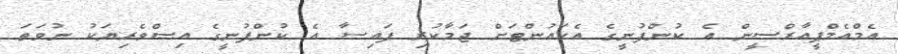
އެމްއެމްޕީއާރްސީން އެ ކުންފުނީގެ އެކައުންޓަށް ޖަމާކުރި ފައިސާ އެ ކުންފުނީގެ އިސްވެރިޔަކު ނުވަތަ